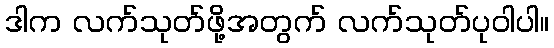
ဒါက လက်သုတ်ဖို့အတွက် လက်သုတ်ပုဝါပါ။